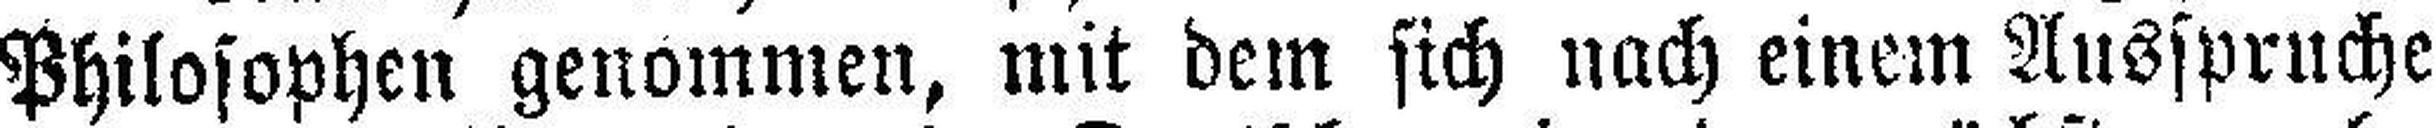
Philosophen genommen, mit dem sich nach einem Ausspruche